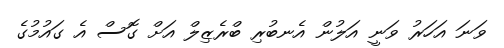
ވަނަ އަހަރު ވަނީ އަލުން އެނބުރި ބްރެޒިލް އަށް ގޮސް އެ ގައުމުގެ